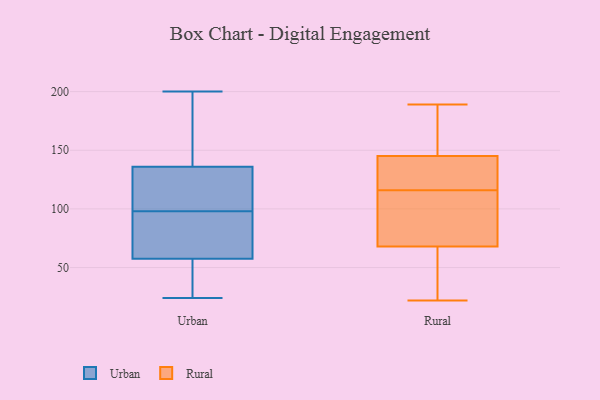
{"axis": {"x": "Active Users", "y": "Value"}, "legend": ["Rural", "Urban"], "data": [{"x": "", "y": 24, "type": "Urban"}, {"x": "", "y": 98, "type": "Urban"}, {"x": "", "y": 115, "type": "Urban"}, {"x": "", "y": 78, "type": "Urban"}, {"x": "", "y": 96, "type": "Urban"}, {"x": "", "y": 62, "type": "Urban"}, {"x": "", "y": 124, "type": "Urban"}, {"x": "", "y": 24, "type": "Urban"}, {"x": "", "y": 112, "type": "Urban"}, {"x": "", "y": 140, "type": "Urban"}, {"x": "", "y": 56, "type": "Urban"}, {"x": "", "y": 167, "type": "Urban"}, {"x": "", "y": 48, "type": "Urban"}, {"x": "", "y": 144, "type": "Urban"}, {"x": "", "y": 200, "type": "Urban"}, {"x": "", "y": 147, "type": "Rural"}, {"x": "", "y": 189, "type": "Rural"}, {"x": "", "y": 68, "type": "Rural"}, {"x": "", "y": 22, "type": "Rural"}, {"x": "", "y": 145, "type": "Rural"}, {"x": "", "y": 143, "type": "Rural"}, {"x": "", "y": 41, "type": "Rural"}, {"x": "", "y": 128, "type": "Rural"}, {"x": "", "y": 104, "type": "Rural"}, {"x": "", "y": 82, "type": "Rural"}]}